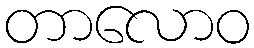
တာလောဝ